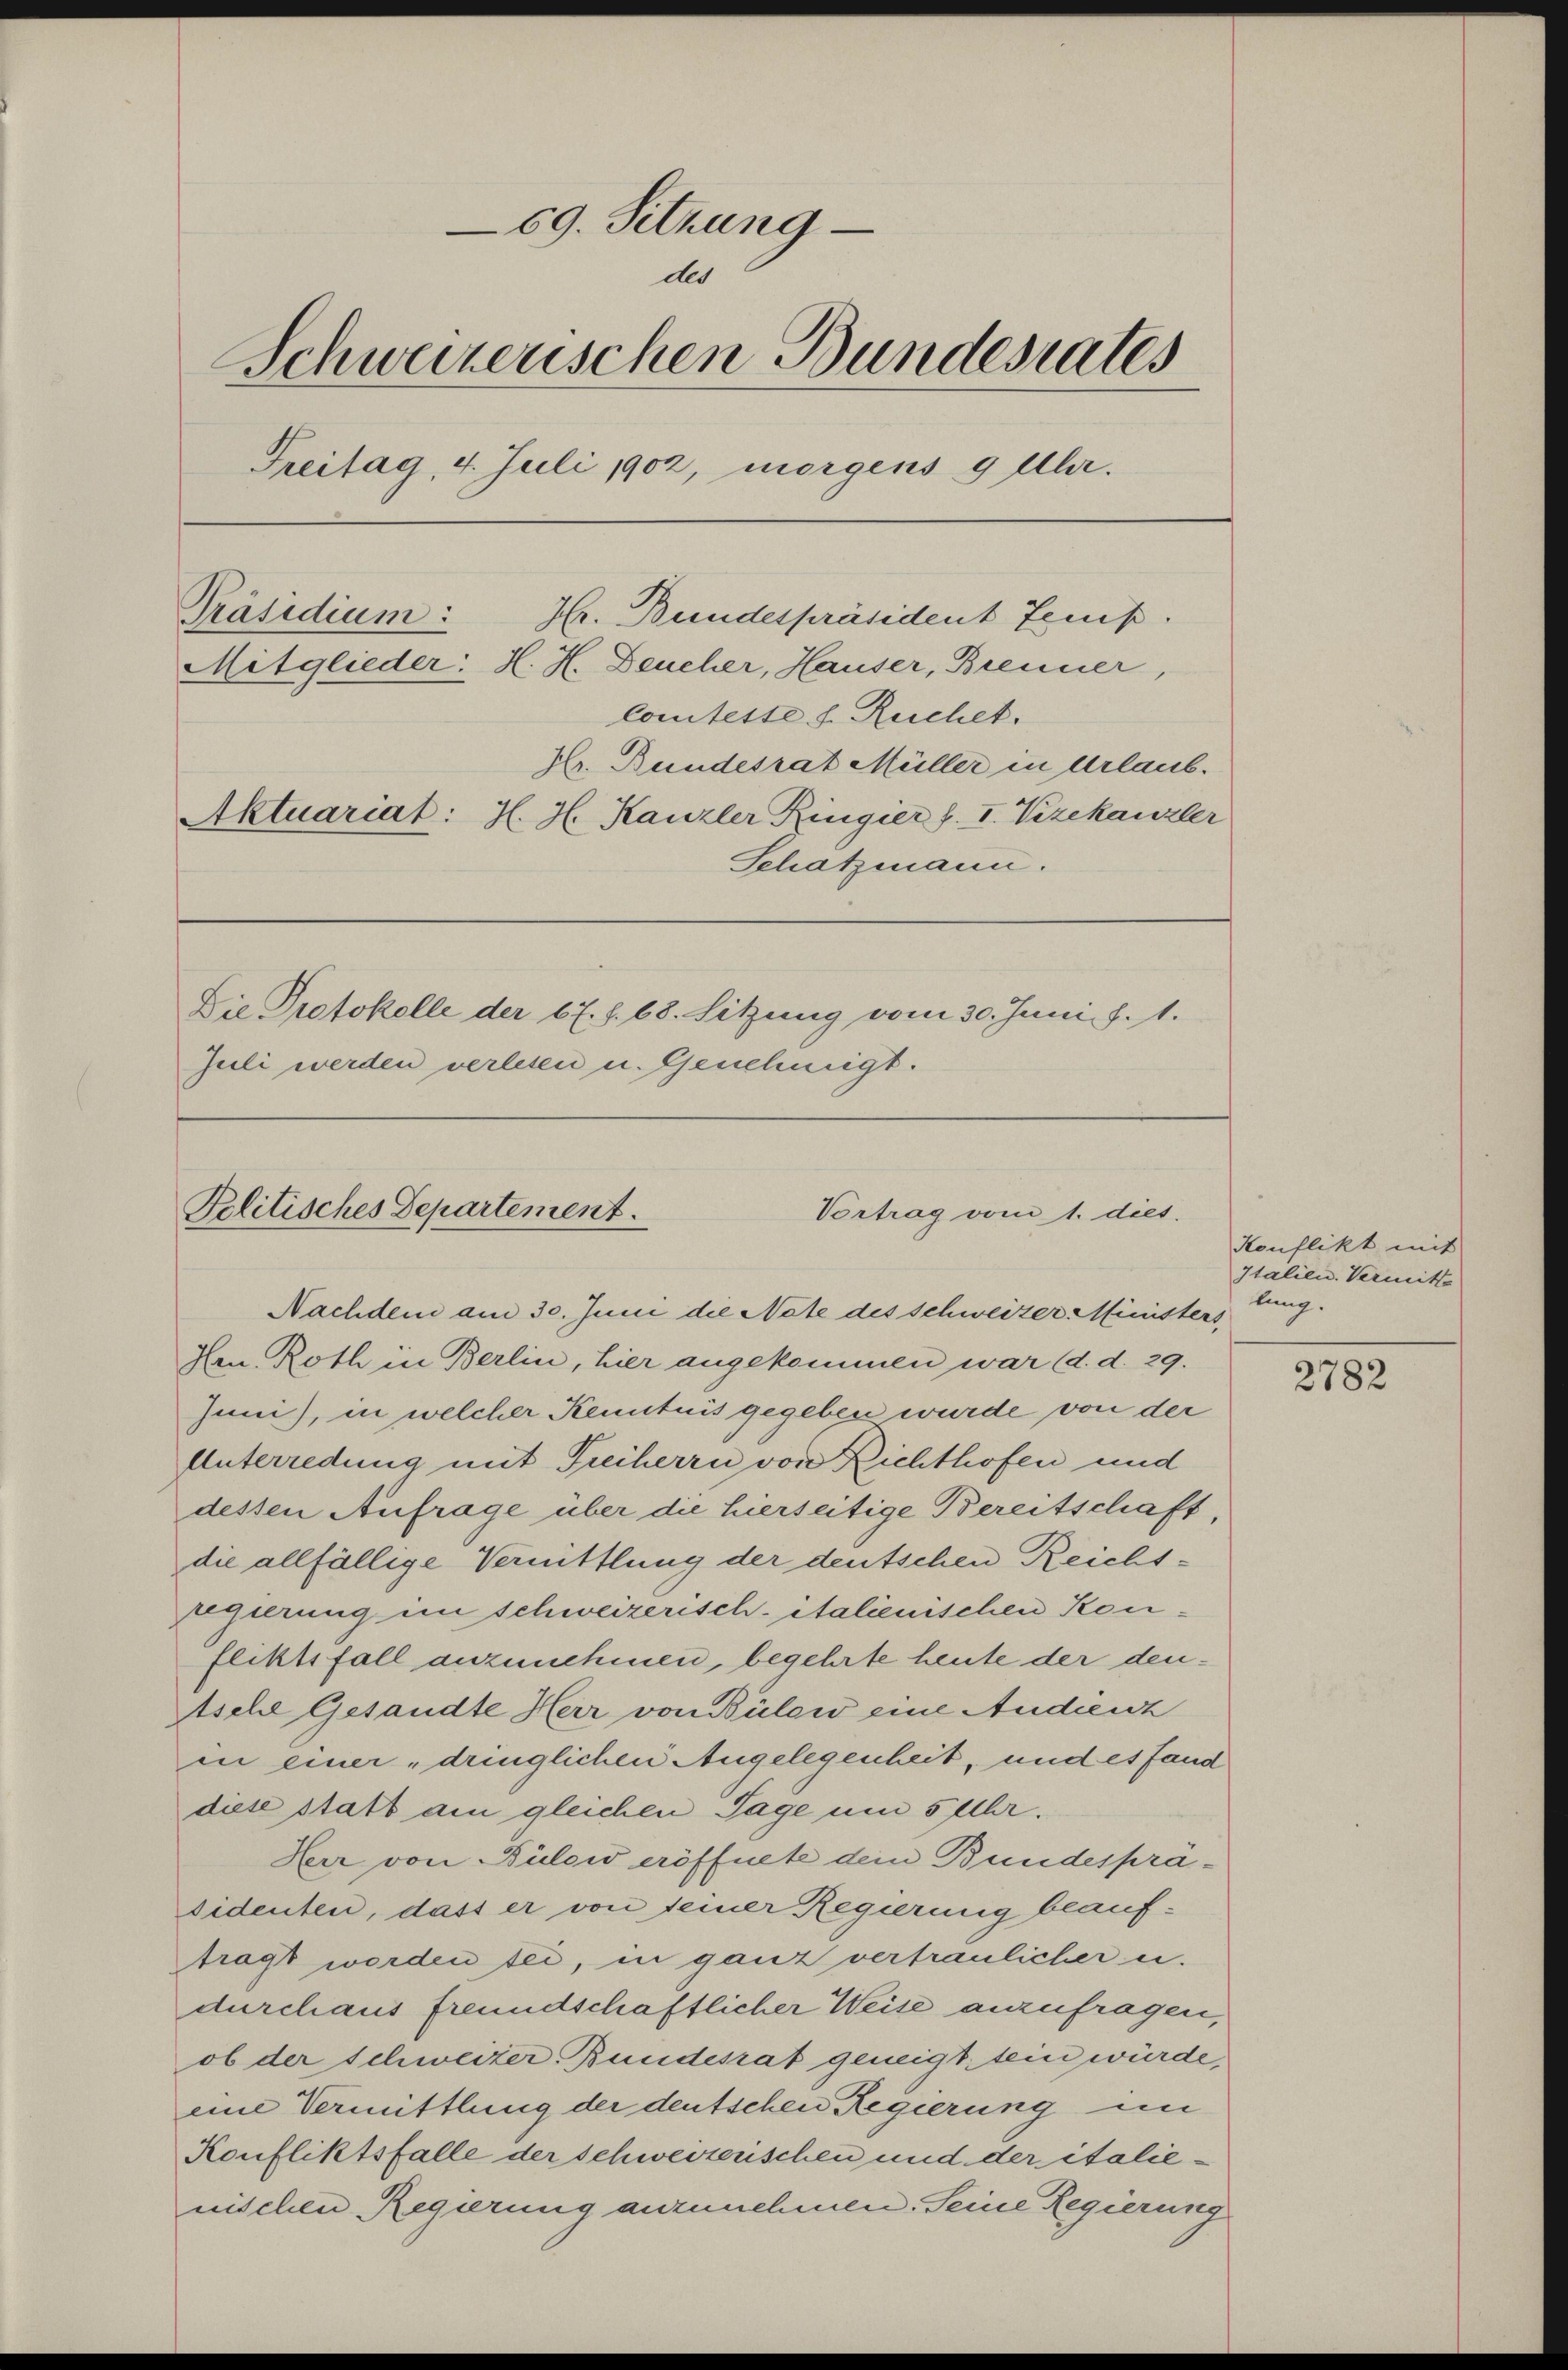
69. Sitzung
der
Schweizerischen Bundesrates
Freitag, 4. Juli 1902, morgens 9 Uhr.
Präsidium:
Hr. Bundespräsident Feuis.
Mitglieder: H. H. Deucher, Hauser, Brenner,
Comtesse s. Reichet.
Hr. Bundesrat Müller in Urlaub.
Aktuariat: H. H. Kanzler Ringier f. I. Vizekanzler
Schatzmann.
Die Protokolle der 67. f. 68. Sitzung vom 30. Juni f. 1.
Zeli werden verlesen u. Genehmigt.

Politisches Departement.
Vortrag vom 1. diet.
Nachdem am 30. Juni die Nate des schweizer Ministers,

Ien Roth in Berlin, hier angekommen war (d. d. 29.
Juni), in welcher Kenntnis gegeben wurde von der
Unterredung mit Freiherrn von Richthofen und
dessen Aufrage über die hierseitige Bereitschaft,
die allfällige Vermittlung der deutschen Reichtegierung in schweizerisch-italienischen Konfliktsfall anzunehmen, begehrte heute der den¬
Asche Gesandte Herr von Bülow eine Audienz
in einer „dringlichen Angelegenheit, und es fand
diese statt am gleichen Tage um 5 Uhr.
Heer von Bülow eröffnete dem Bundespräsidenten, dass er von seiner Regierung beauftragt werden sei, in ganz vertraulicher u.
durchaus freundschaftlicher Weise anzufragen,
ob der schweizer Bundesrat geneigt sein würde,
eine Vermittlung der deutschen Regierung im
Konfliktsfalle der schweizerischen und der italienischen Regierung anzunehmen. Seine Regierung

Konflikt mit
Italien. Vermitt
lung.

2782